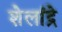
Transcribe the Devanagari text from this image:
शेलांद्रे